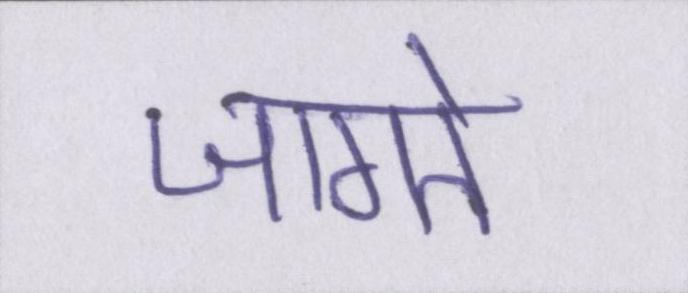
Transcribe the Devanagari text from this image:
जागते